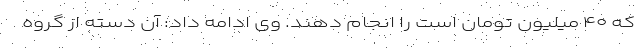
که ۴۰ میلیون تومان است را انجام دهند. وی ادامه داد: آن دسته از گروه